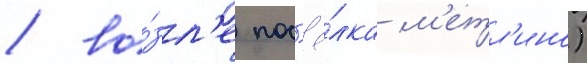
/ во́зл'е пос'ё́лка м'етл'ино)